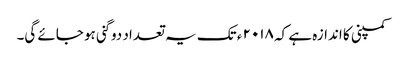
کمپنی کا اندازہ ہے کہ ۲۰۱۸ ء تک یہ تعداد دو گنی ہو جائے گی۔